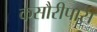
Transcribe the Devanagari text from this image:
कसौरीपास